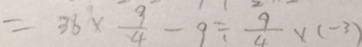
= 3 6 \times \frac { 3 } { 4 } - 9 \div \frac { 9 } { 4 } \times ( - 3 )